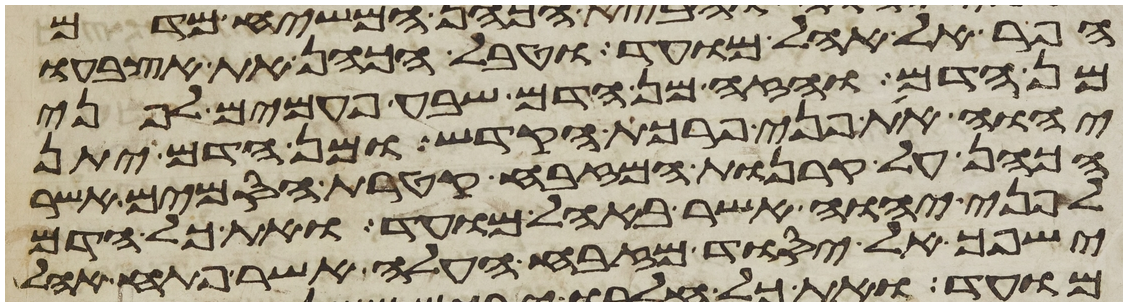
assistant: הפר אל אהל מועד וטבל הכהן את אצבעו
מן הדם והזה מן הדם שבע פעמים לפני
יהוה את פני פרכת הקדש ומן הדם יתן
הכהן על קרנות המזבח קטרת הסמים אשר
לפני יהוה אשר באהל מועד ואת כל הדם
ישפך אל יסוד מזבח העלה אשר פתח אהל